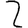
Digit: 2